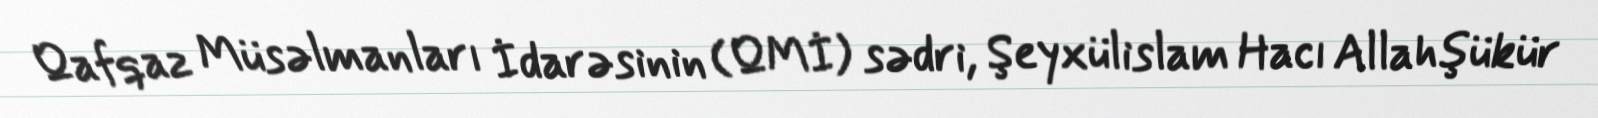
Qafqaz Müsəlmanları İdarəsinin (QMİ) sədri, Şeyxülislam Hacı Allahşükür